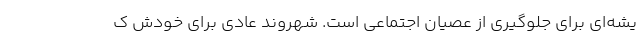
یشه‌ای برای جلوگیری از عصیان اجتماعی است. شهروند عادی برای خودش ک